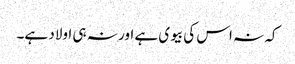
کہ نہ اس کی بیوی ہے اور نہ ہی اولاد ہے۔